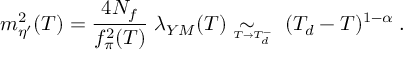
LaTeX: m _ { \eta ^ { \prime } } ^ { 2 } ( T ) = \frac { 4 N _ { f } } { f _ { \pi } ^ { 2 } ( T ) } \; \lambda _ { Y M } ( T ) \; \sim _ { \! \! \! \! \! \! \! \! \! _ { T \rightarrow T _ { d } ^ { - } } } \; ( T _ { d } - T ) ^ { 1 - \alpha } \; .